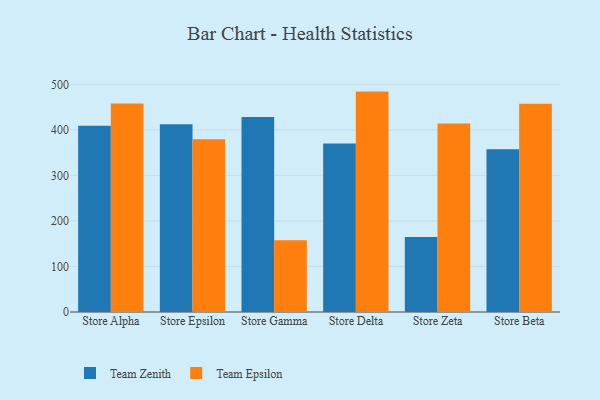
{"axis": {"x": "Store", "y": "Headcount"}, "legend": ["Team Epsilon", "Team Zenith"], "data": [{"x": "Store Alpha", "y": 408.9, "type": "Team Zenith"}, {"x": "Store Alpha", "y": 457.6, "type": "Team Epsilon"}, {"x": "Store Epsilon", "y": 412.1, "type": "Team Zenith"}, {"x": "Store Epsilon", "y": 379.2, "type": "Team Epsilon"}, {"x": "Store Gamma", "y": 428.1, "type": "Team Zenith"}, {"x": "Store Gamma", "y": 157.8, "type": "Team Epsilon"}, {"x": "Store Delta", "y": 370.1, "type": "Team Zenith"}, {"x": "Store Delta", "y": 484.0, "type": "Team Epsilon"}, {"x": "Store Zeta", "y": 164.6, "type": "Team Zenith"}, {"x": "Store Zeta", "y": 414.1, "type": "Team Epsilon"}, {"x": "Store Beta", "y": 357.6, "type": "Team Zenith"}, {"x": "Store Beta", "y": 457.1, "type": "Team Epsilon"}]}